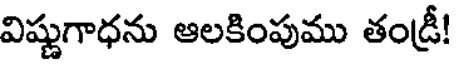
విష్ణుగాధను ఆలకింపుము తండ్రీ!